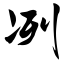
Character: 冽